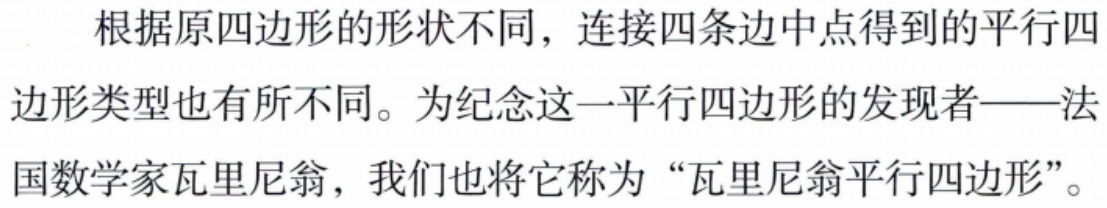
根据原四边形的形状不同，连接四条边中点得到的平行四边形类型也有所不同。为纪念这一平行四边形的发现者——法国数学家瓦里尼翁，我们也将它称为“瓦里尼翁平行四边形”。